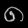
Digit: ၈